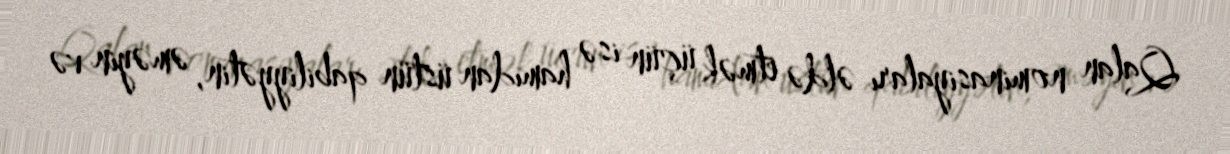
Qalan nominasiyaları əldə etmək üçün isə hamıdan üstün qabiliyyətin, əməyin və